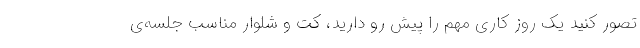
تصور کنید یک روز کاری مهم را پیش رو دارید، کت و شلوار مناسب جلسه‌ی